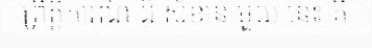
ព្រឹត្តិការណ៍ ដ៏ សំខាន់ មួយ នេះ គឺ